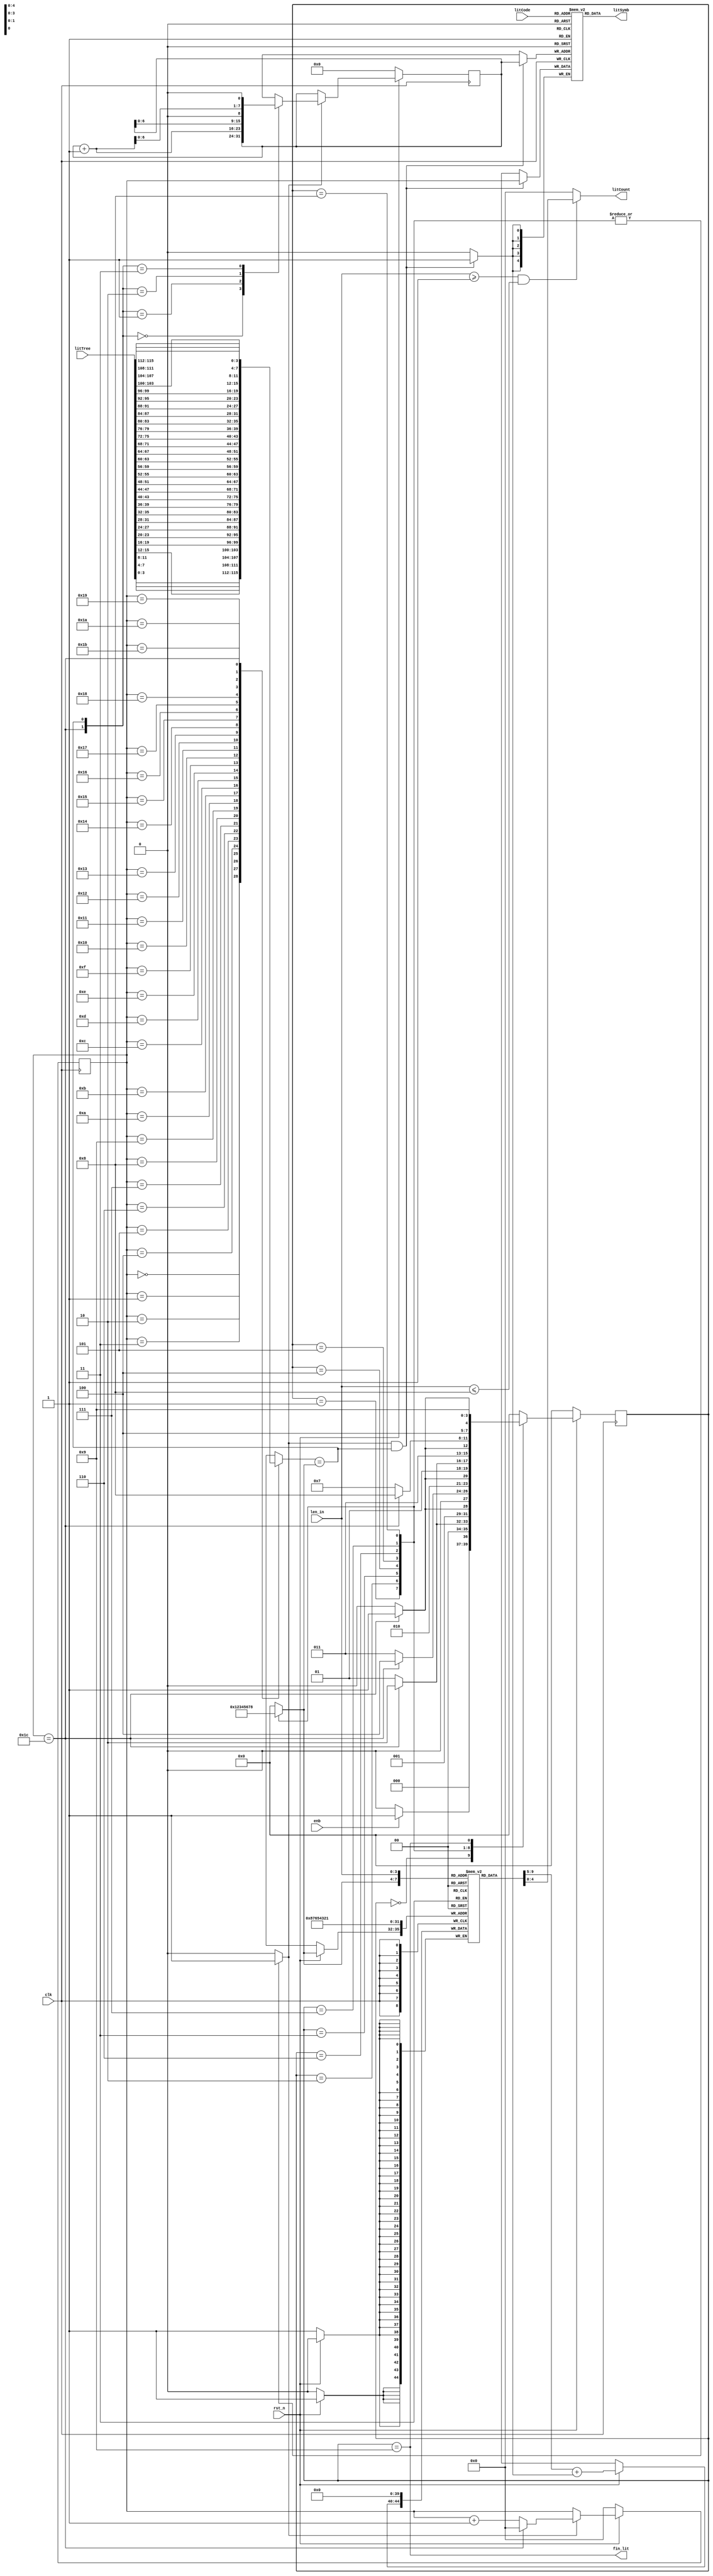
module CL_code_lit(input wire clk,rst_n,
                   input wire enb,
                   input wire[115:0] litTree,
                   input wire[7:0] litCode,
                   input wire[3:0] len_in,
                   output wire fin_lit,
                   output wire[4:0] litSymb,
                   output wire[4:0] litCount);

    parameter IDLE = 4'b0000;
    parameter Len1 = 4'b0001;
    parameter Len2 = 4'b0010;
    parameter Len3 = 4'b0011;
    parameter Len4 = 4'b0100;
    parameter Len5 = 4'b0101;
    parameter Len6 = 4'b0110;
    parameter Len7 = 4'b0111;
    parameter Len8 = 4'b1000;
    parameter Fin  = 4'b1001;
    reg[3:0] curr_state,next_state;

    reg[4:0] litCode_reg[255:0],litCode_count[8:1];
    reg[7:0] code,next_code;
    reg[3:0] len;
    reg[4:0] pos;
    reg pos_enb;

    wire[3:0] litTree_wap[28:0];
    wire match,pos_end;

    //FSM block

    always @(posedge clk) begin
        if(!rst_n)begin
            curr_state <= IDLE;
        end
        else begin
            curr_state <= next_state;
        end
    end

    always @(*) begin
        case(curr_state)
            IDLE:begin
                if(enb)begin
                    next_state = Len1;
                    len        = 4'd0;
                    pos_enb    = 1'b0;
                end
                else begin
                    next_state = IDLE;
                    len        = 4'd0;
                    pos_enb    = 1'b0;
                end
            end
            Len1:begin
                if(pos_end)begin
                    next_state = Len2;
                    len        = 4'd1;
                    pos_enb    = 1'b1;
                end
                else begin
                    next_state = Len1;
                    len        = 4'd1;
                    pos_enb    = 1'b1;
                end
            end
            Len2:begin
                if(pos_end)begin
                    next_state = Len3;
                    len        = 4'd2;
                    pos_enb    = 1'b1;
                end
                else begin
                    next_state = Len2;
                    len        = 4'd2;
                    pos_enb    = 1'b1;
                end
            end
            Len3:begin
                if(pos_end)begin
                    next_state = Len4;
                    len        = 4'd3;
                    pos_enb    = 1'b1;
                end
                else begin
                    next_state = Len3;
                    len        = 4'd3;
                    pos_enb    = 1'b1;
                end
            end
            Len4:begin
                if(pos_end)begin
                    next_state = Len5;
                    len        = 4'd4;
                    pos_enb    = 1'b1;
                end
                else begin
                    next_state = Len4;
                    len        = 4'd4;
                    pos_enb    = 1'b1;
                end
            end
            Len5:begin
                if(pos_end)begin
                    next_state = Len6;
                    len        = 4'd5;
                    pos_enb    = 1'b1;
                end
                else begin
                    next_state = Len5;
                    len        = 4'd5;
                    pos_enb    = 1'b1;
                end
            end
            Len6:begin
                if(pos_end)begin
                    next_state = Len7;
                    len        = 4'd6;
                    pos_enb    = 1'b1;
                end
                else begin
                    next_state = Len6;
                    len        = 4'd6;
                    pos_enb    = 1'b1;
                end
            end
            Len7:begin
                if(pos_end)begin
                    next_state = Len8;
                    len        = 4'd7;
                    pos_enb    = 1'b1;
                end
                else begin
                    next_state = Len7;
                    len        = 4'd7;
                    pos_enb    = 1'b1;
                end
            end
            Len8:begin
                if(pos_end)begin
                    next_state = Fin;
                    len        = 4'd8;
                    pos_enb    = 1'b1;
                end
                else begin
                    next_state = Len8;
                    len        = 4'd8;
                    pos_enb    = 1'b1;
                end
            end
            Fin:begin
                next_state = Fin;
                len        = 4'd0;
                pos_enb    = 1'b0;
            end
            default:begin
                next_state = IDLE;
                len        = 4'd0;
                pos_enb    = 1'b0;
            end
        endcase
    end
    
    //Other seq logic

    always @(posedge clk) begin
        if(!rst_n)begin
            pos <= 5'b0;
        end
        else if(pos_enb) begin
            if(pos_end) pos <= 5'b0;
            else pos <= pos + 1'b1;
        end
    end

    always @(posedge clk) begin
        if(pos_enb&match) litCode_reg[code] <= pos;
    end

    always @(posedge clk) begin
        if(!rst_n)begin
            litCode_count[1] <= 5'b0;
            litCode_count[2] <= 5'b0;
            litCode_count[3] <= 5'b0;
            litCode_count[4] <= 5'b0;
            litCode_count[5] <= 5'b0;
            litCode_count[6] <= 5'b0;
            litCode_count[7] <= 5'b0;
            litCode_count[8] <= 5'b0;
        end
        else begin
            litCode_count[len] <= litCode_count[len] + ((pos_enb&match)?1'b1:1'b0);
        end
    end

    always @(posedge clk) begin
        if(!rst_n)begin
            code <= 8'b0;
        end
        else if(pos_enb)begin
            code <= next_code;
        end
    end

    //Other comb logic

    always @(*) begin
        case({pos_end,match})
            2'b00: next_code = code;
            2'b01: next_code = code + 1'b1;
            2'b10: next_code = code << 1;
            2'b11: next_code = (code + 1'b1) << 1;
            default: next_code = code;
        endcase
    end


    assign litSymb = litCode_reg[litCode];
    assign fin_lit = curr_state == Fin;
    assign litCount = ((len_in>=4'd1)&(len_in<=4'd8))?litCode_count[len_in]:5'b0;

    assign match = litTree_wap[pos] == len;
    assign pos_end = pos == 5'd28;

    assign {litTree_wap[28],litTree_wap[27],litTree_wap[26],litTree_wap[25],
            litTree_wap[24],litTree_wap[23],litTree_wap[22],litTree_wap[21],
            litTree_wap[20],litTree_wap[19],litTree_wap[18],litTree_wap[17],
            litTree_wap[16],litTree_wap[15],litTree_wap[14],litTree_wap[13],
            litTree_wap[12],litTree_wap[11],litTree_wap[10],litTree_wap[9],
            litTree_wap[8], litTree_wap[7], litTree_wap[6], litTree_wap[5],
            litTree_wap[4], litTree_wap[3], litTree_wap[2], litTree_wap[1],
            litTree_wap[0]}  = litTree;

endmodule